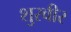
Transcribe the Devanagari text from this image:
शुरवीर